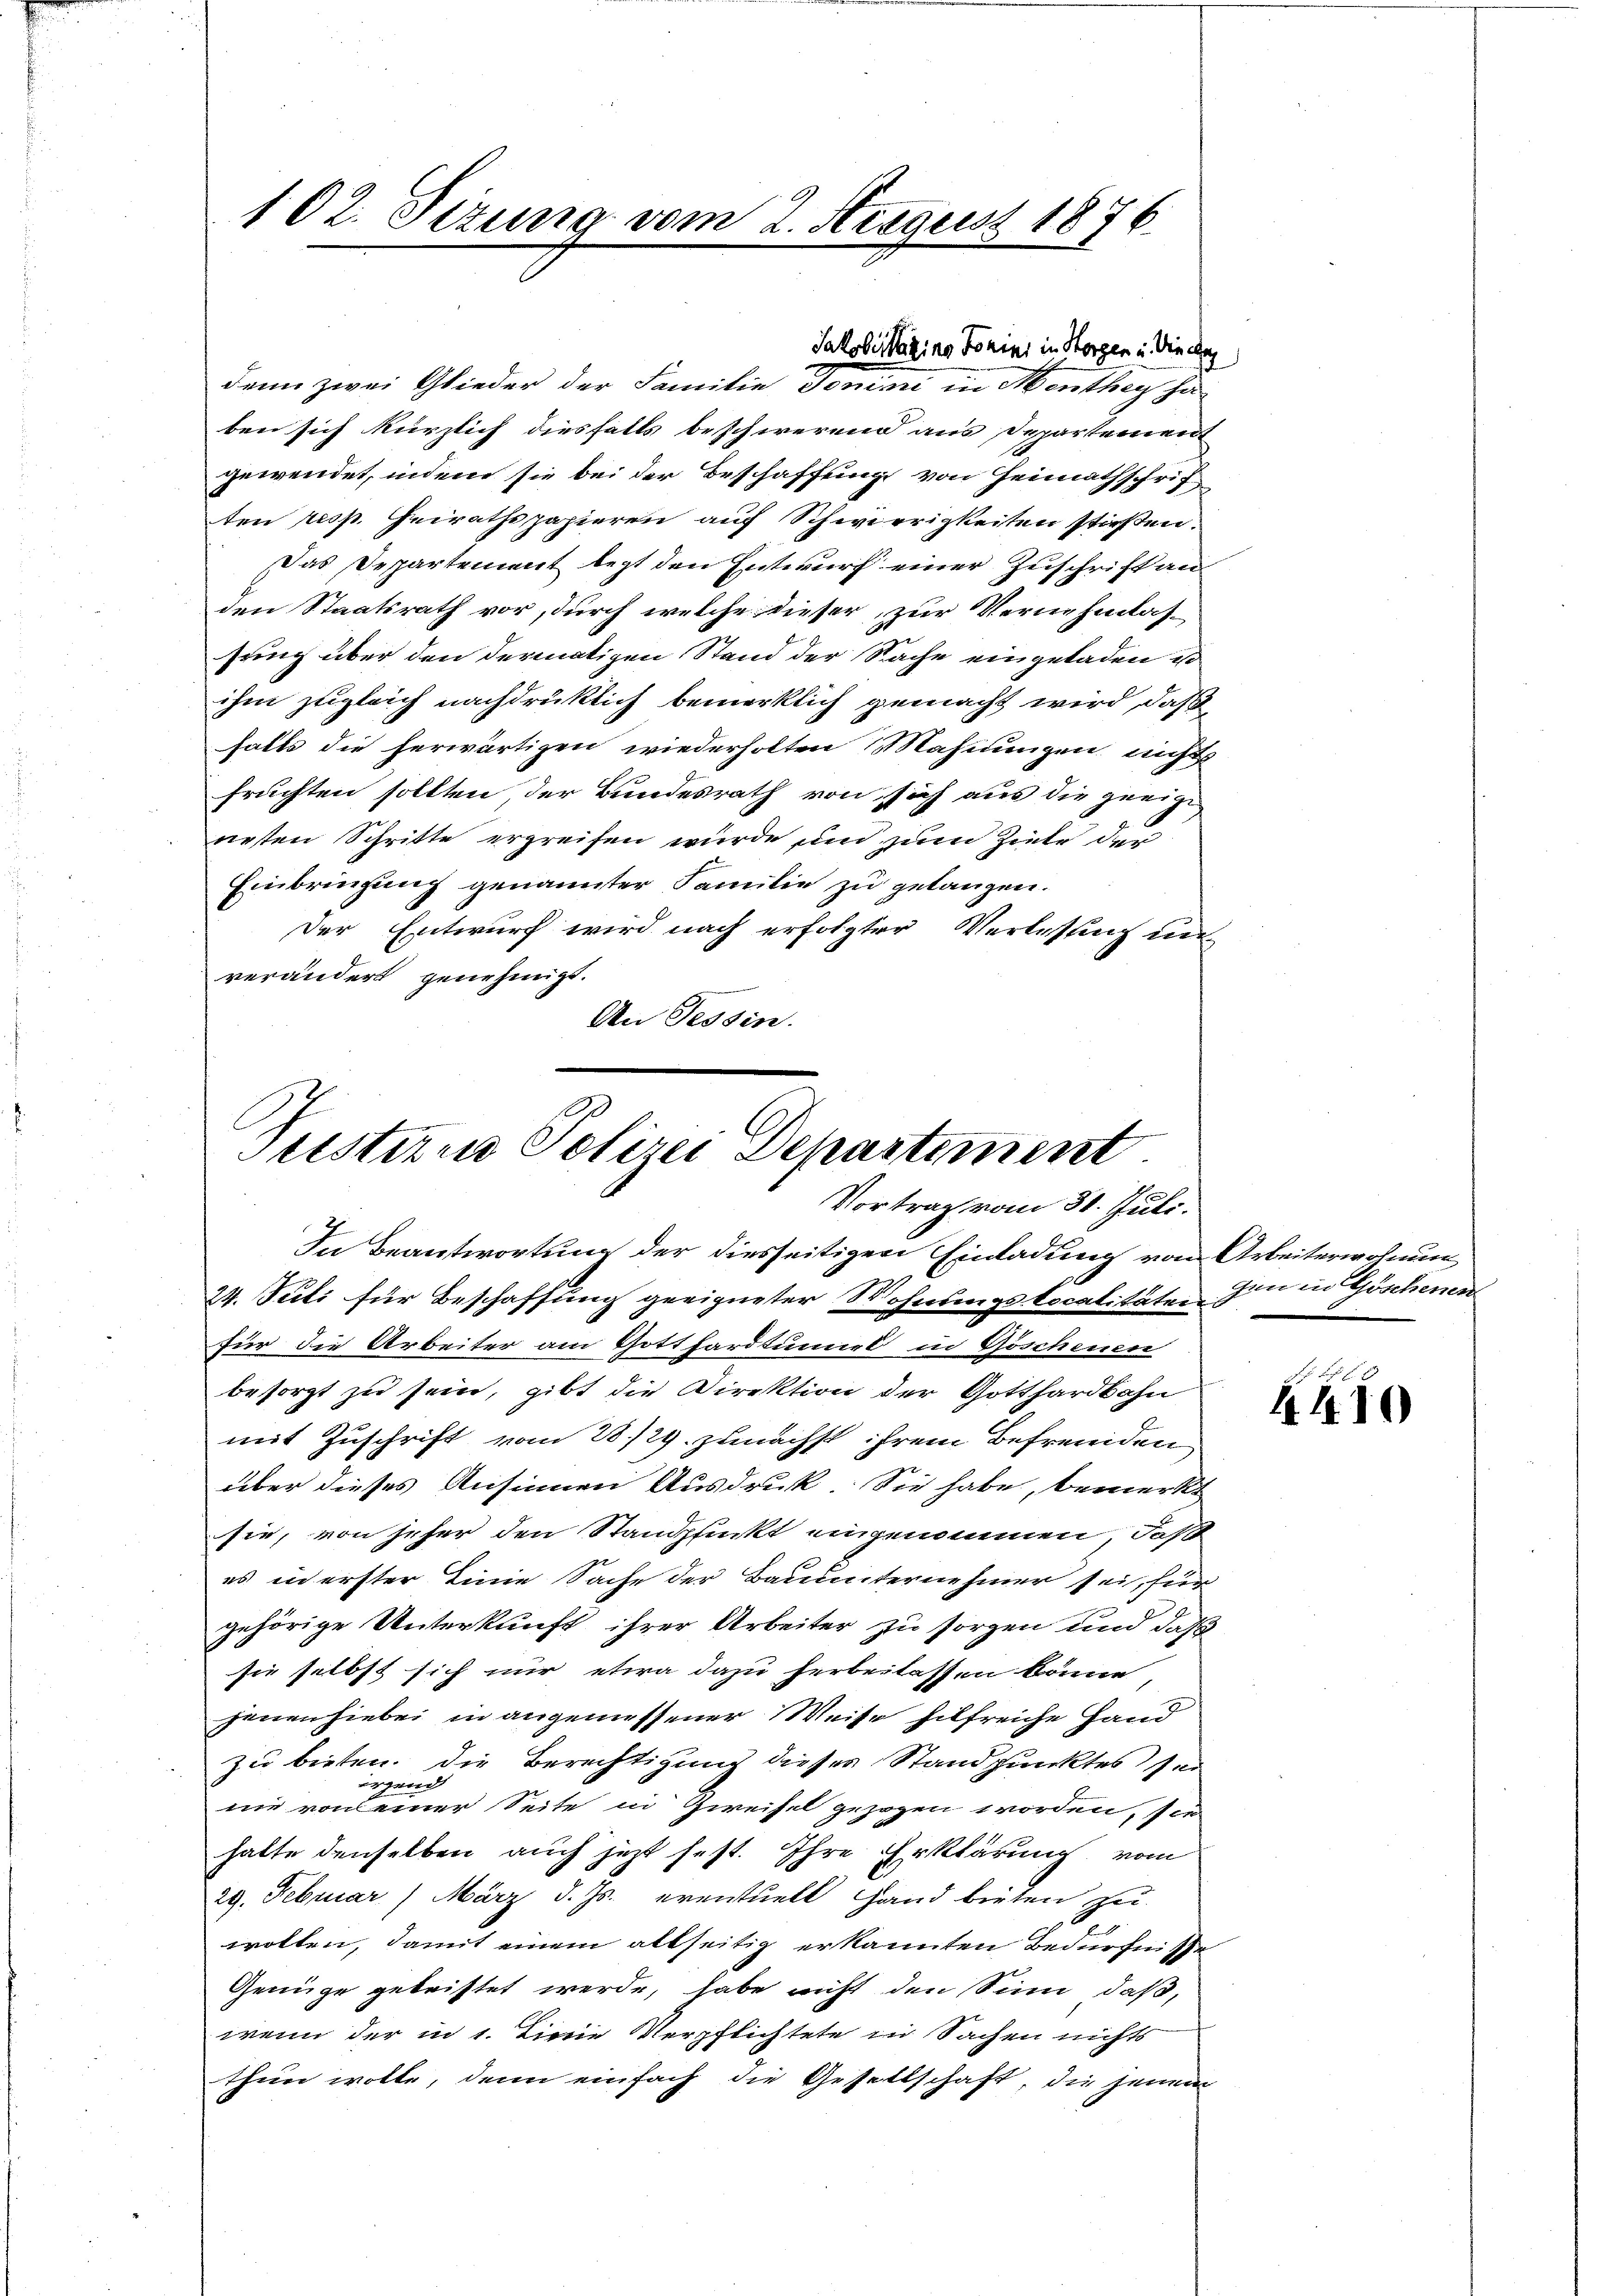
102. Sizung vom 2. Negust 1876.

denn zwei Glieder der Familie Domini in Menthey hi
ben sich kürzlich diesfalls beschwerend aus Departement
gewendet, indem sie bei der Beschaffung von Heimathschrif
ten resp. Heirathspapieren auf Schwierigkeiten stirten.
Das Departement legt den Entwurf einer Zuschrift an
den Staatsrath vor, durch welche dieser zur Vernehmlas-
sung über den dermatigen Stand der Sache eingeladen so
ihm zugleich nachdrüklich bemerklich gemacht wird, daß
falls die herwärtigen wiederholten Mahnungen nichts
fruchten sollten der Bundesrath von sich aus die zeige
arsten Schritte ergreifen wurde und zum Ziele der
Einbringung genannter Familie zu gelangen.
Der Entwurf wird nach erfolgter Verlesung un
verändert genehmigt.
An Tessin.

Jakobitzins Domini in Horgen in Winde

Peisterne Polizei Departiment
Vortrag vom 31. Juli.

In Beantwortung der diesseitigen Einladung von Arbeiterwohnung
24. Secti für Beschaffung geeigneter Wohnungslocalitäten
für die Arbeiter am Gotthardtumes in Göschenen
besorgt zu sein, gibt die Direktion der Gotthardbahn
mit Zuschrift vom 28./29. zunächst ihrem Befremden
über dieses Ansinnen Ausdruck. Sie habe, bemerkt
sie, von jeher den Standpunkt eingenommen, daß
es in erster Einie Sache der Bauunternehmer sei, für
gehörige Unterkunft ihrer Arbeiter zu sorgen und daß
sie selbst sich nur etwa dazu herbeilassen könne,
jenen hiebei in angemessener Weise hilfreiche Hand
zu bieten. Die Berechtigung dieser Standpunktes sei
irgend
nie von einer Seite in Zweifel gezogen worden, sie
hatte denselben auch jetzt fest. Ihre Erklärung vom
29. Februar 1 März d. Js. eventuell Hand bieten zu
wollen, damit einem allseitig erkannten Bedürfnisse
Genüge geleistet werde, habe nicht den Sinn, daß,
wenn der in 1. Linie Verpflichtete in Sachen nichts
thun wolle, denn einfach die Gesellschaft, die jenem

gen in Göschenen

410